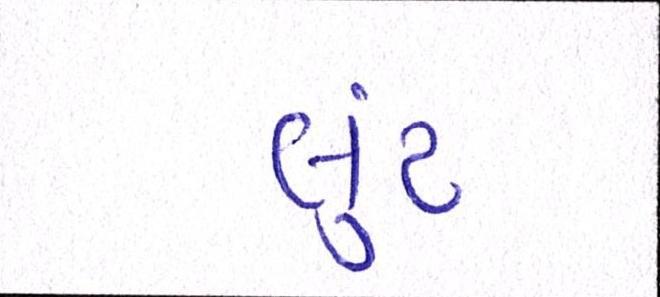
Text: લુંટ